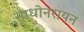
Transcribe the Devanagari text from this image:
साधोनरायन